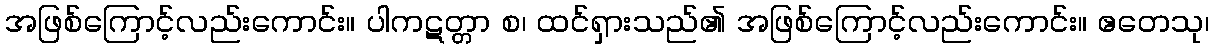
အဖြစ်ကြောင့်လည်းကောင်း။ ပါကဋတ္တာ စ၊ ထင်ရှားသည်၏ အဖြစ်ကြောင့်လည်းကောင်း။ ဧတေသု၊